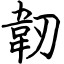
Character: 韌